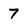
Character: 7